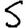
Digit: 5